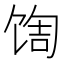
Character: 𬳀